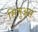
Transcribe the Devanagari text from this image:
सिनुअस